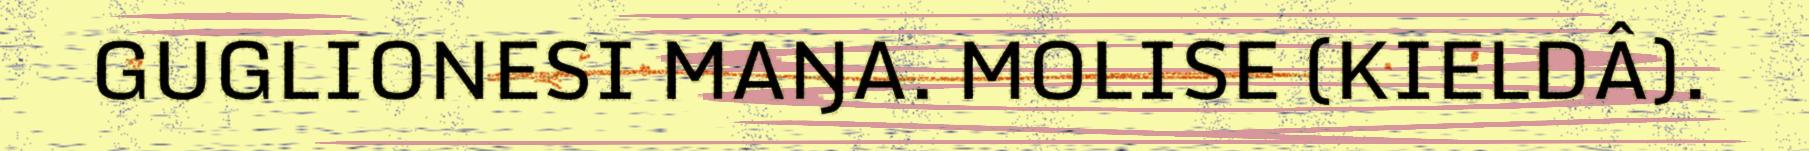
GUGLIONESI MAŊA. MOLISE (KIELDÂ).